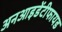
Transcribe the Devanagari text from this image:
अनआइडेंटीफायड